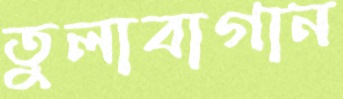
তুলাবাগান